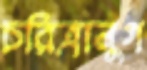
চরিত্রানুগ